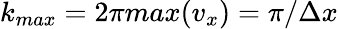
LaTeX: k_{max}=2\pi max(v_{x})=\pi/\Delta x